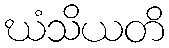
ဃံသိယတိ